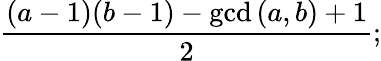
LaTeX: {\frac{(a-1)(b-1)-\operatorname*{gcd}{(a,b)}+1}{2}};